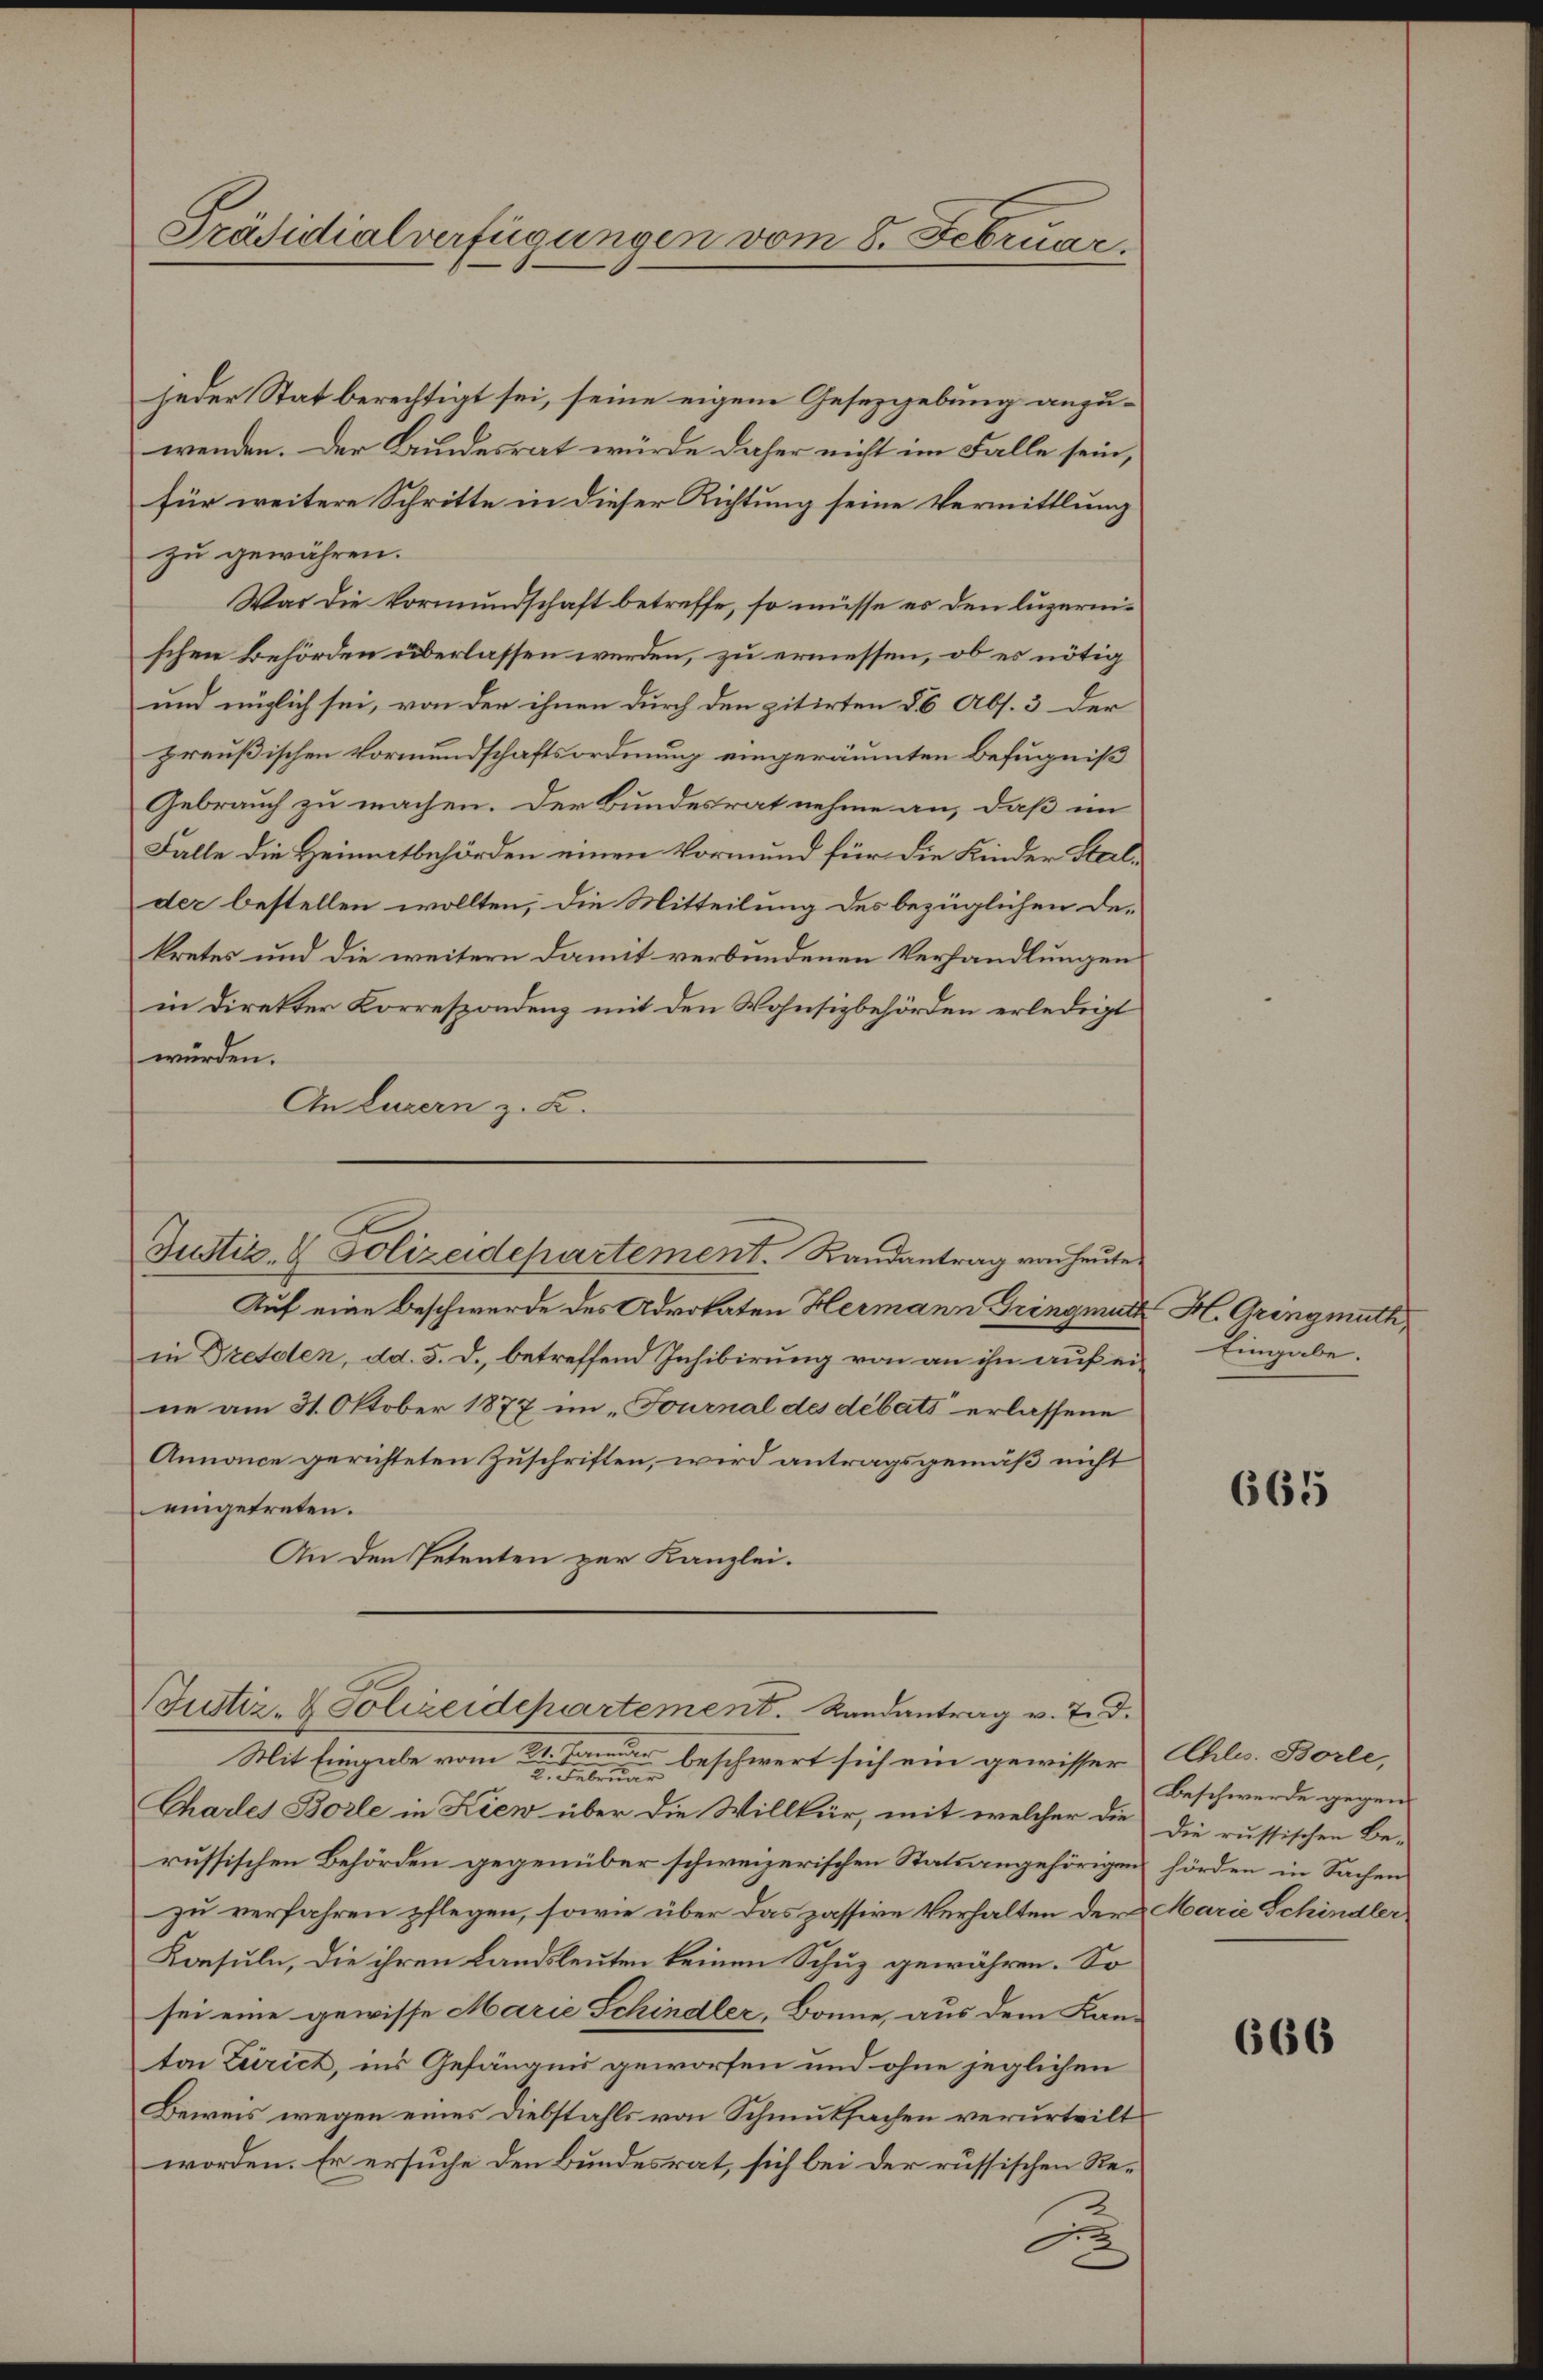
Präsidialverfügungen vom 8. Februar.

jeder Stat berechtigt sei, seine eigene Gesetzgebung anzu-
wenden. Der Bundesrat würde daher nicht im Falle sein,
für weitere Schritte in dieser Richtung seine Vermittlung
zu gewähren.
War die Vormundschaft betreffe, so müsse er den luzernischen Behörden überlassen werden, zu ermessen, ob es nötig
und möglich sei, von der ihnen durch den zitirten 86 Abs. 3 der
preußischen Vormundschaftsordnung eingeräumten Befugniß
Gebrauch zu machen. Der Bundesrat nehme an, daß im
Falle die Heimatbehörden einen Vormund für die Kinder Stalder bestellen wollten, die Mitteilung des bezüglichen Dekretes und die weitern damit verbundenen Verhandlungen
in Direkter Korrespondenz mit den Wohnsizbehörden erledigt
würden.
An Luzern z. B.

Justiz- & Polizeidepartement. Randantrag von heute

Justiz- & Polizeidepartement. Randantrag v. 7. d.

Auf eine Beschwerde des Advokaten Hermann Gringmutt
in Dresden, dd. 5. d., betreffend Inhibirung von an ihn auf eine am 31. Oktober 1877 im „Fournal des debets erlassene
Annonce gerichteten Zuschriften, wird antragsgemäß nicht
eingetreten.
An den Petenten zur Kanzlei.
Mit Eingabe vom 21. beschwert sich ein gewisser Chle. Borle,

Chartes Borle in Kiew über die Willkür, mit welcher die die russischen Be-
russischen Behörden gegenüber schweizerischen Statsangehörigen hörden in Sachen
zu verfahren pflegen, sowie über das passive Verhalten der Marie Schindler
Konsuln, die ihren Landsleuten keinen Schuz gewähren. So
sei eine gewisse Marie Schindler, Bonne, aus dem Kan-
ton Zürich, ins Gefängnis geworfen und ohne jeglichen
Beweis wegen eines Diebstahls von Schmutsachen verurteilt
worden. Er ersuche den Bundesrat, sich bei der russischen Rec

H. Gringmuth
Eingabe.

665

Beschwerde gegen

666